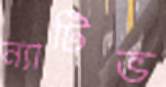
ন্যাটিভ